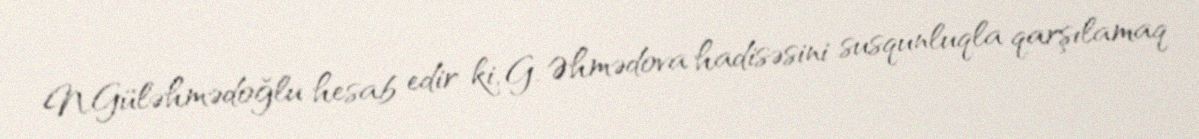
N.Güləhmədoğlu hesab edir ki, G. Əhmədova hadisəsini susqunluqla qarşılamaq